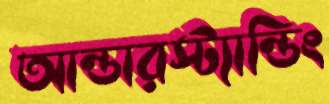
আন্ডারস্ট্যান্ডিং